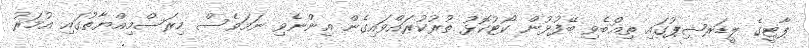
ޕާޓީގެ ލީޑަރޝިޕުގައި ތިއްބެވި ބޭފުޅުން ކޯޓުކޮޅު ތުރުކުރައްވައިގެން އިންނެވި ނަމަވެސް މިރަސްމިއްޔާތުގައި އުމަރު